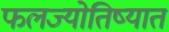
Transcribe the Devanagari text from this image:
फलज्योतिष्यात